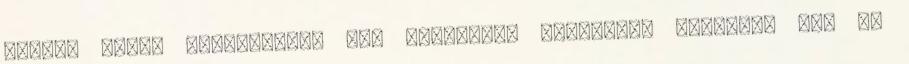
házban kevés lehetőséged van komolyabb technikát bevetni, már ha